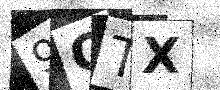
Text: 9OTX